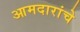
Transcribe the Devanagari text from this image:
आमदारांचे